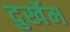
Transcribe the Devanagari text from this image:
दुर्खेम